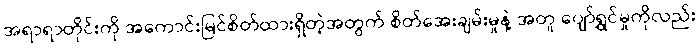
အရာရာတိုင်းကို အကောင်းမြင်စိတ်ထားရှိတဲ့အတွက် စိတ်အေးချမ်းမှုနဲ့ အတူ ပျော်ရွှင်မှုကိုလည်း